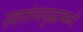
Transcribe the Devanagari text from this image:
स्वातंत्र्ययुद्धामध्ये